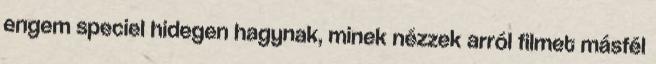
engem speciel hidegen hagynak, minek nézzek arról filmet másfél